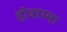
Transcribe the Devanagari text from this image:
होन्नाम्मा